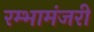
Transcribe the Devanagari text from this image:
रम्भामंजरी